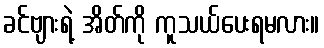
ခင်ဗျားရဲ့ အိတ်ကို ကူသယ်ပေးရမလား။